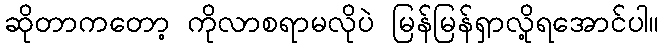
ဆိုတာကတော့ ကိုလာစရာမလိုပဲ မြန်မြန်ရှာလို့ရအောင်ပါ။